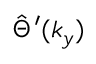
\hat { \Theta } ^ { \prime } ( k _ { y } )